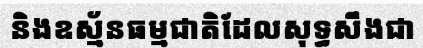
និងឧស្ម័នធម្មជាតិដែលសុទ្ធសឹងជា